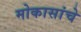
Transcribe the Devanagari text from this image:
मोकासांचे